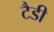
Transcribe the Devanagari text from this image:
टैडी